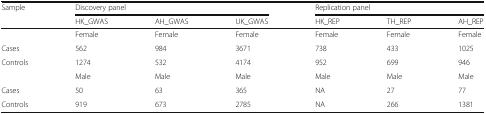
| <ROWSPAN=2> Sample | <COLSPAN=3> Discovery panel | <COLSPAN=3> Replication panel |
 | HK_GWAS | AH_GWAS | UK_GWAS | HK_REP | TH_REP | AH_REP |
 | --- | --- | --- | --- | --- | --- | --- |
 |  | Female | Female | Female | Female | Female | Female |
 | Cases | 562 | 984 | 3671 | 738 | 433 | 1025 |
 | Controls | 1274 | 532 | 4174 | 952 | 699 | 946 |
 |  | Male | Male | Male | Male | Male | Male |
 | Cases | 50 | 63 | 365 | NA | 27 | 77 |
 | Controls | 919 | 673 | 2785 | NA | 266 | 1381 |